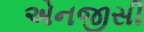
એનજીસી